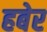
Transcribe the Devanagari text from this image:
हबेर